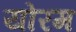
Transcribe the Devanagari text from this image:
योरम